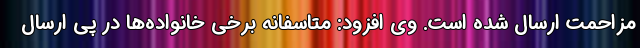
مزاحمت ارسال شده است. وی افزود: متاسفانه برخی خانواده‌ها در پی ارسال